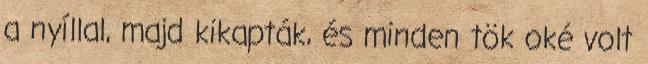
a nyíllal, majd kikapták, és minden tök oké volt